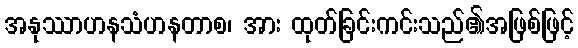
အနုဿာဟနသံဟနတာစ၊ အား ထုတ်ခြင်းကင်းသည်၏အဖြစ်ဖြင့်